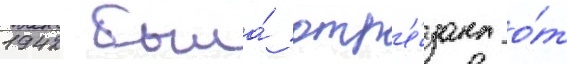
1942 была́ отр'е́зана о́т